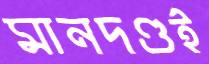
মানদণ্ডই